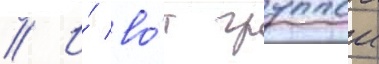
// И́ во́т группои